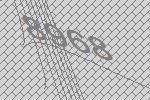
8968